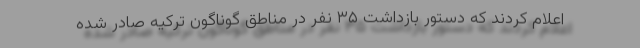
اعلام کردند که دستور بازداشت ۳۵ نفر در مناطق گوناگون ترکیه صادر شده